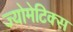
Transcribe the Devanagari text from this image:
ज्योमेटिक्स